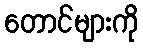
တောင်များကို